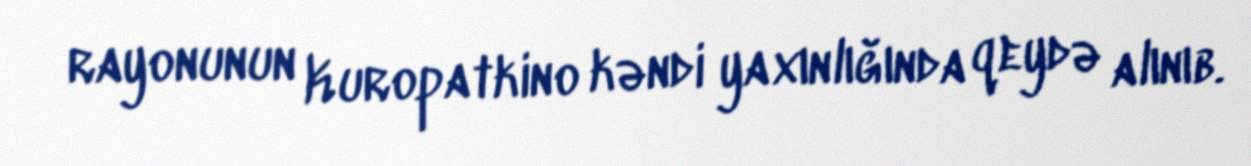
rayonunun Kuropatkino kəndi yaxınlığında qeydə alınıb.